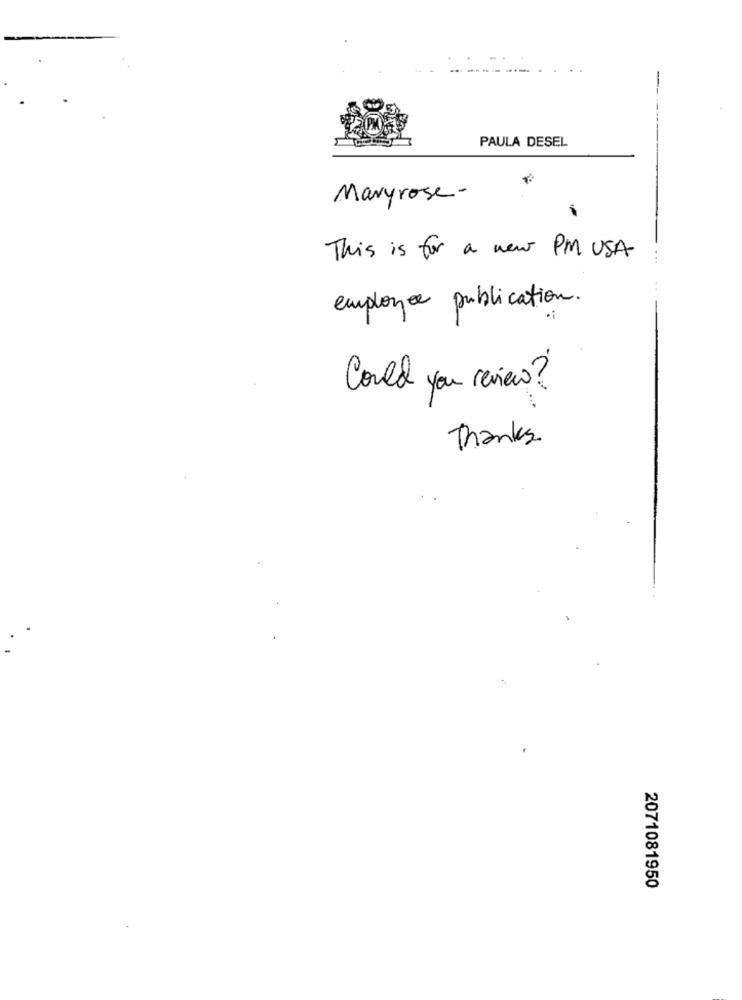
PAULA DESEL
Maryrose-
This is for a new PM USA
...
employee publication.
Could you review ?
..
Thanks.
2071081950